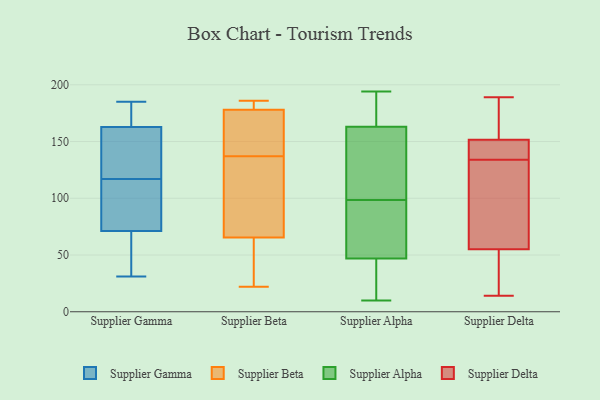
{"axis": {"x": "Page Views", "y": "Value"}, "legend": ["Supplier Alpha", "Supplier Beta", "Supplier Delta", "Supplier Gamma"], "data": [{"x": "", "y": 185, "type": "Supplier Gamma"}, {"x": "", "y": 68, "type": "Supplier Gamma"}, {"x": "", "y": 109, "type": "Supplier Gamma"}, {"x": "", "y": 38, "type": "Supplier Gamma"}, {"x": "", "y": 162, "type": "Supplier Gamma"}, {"x": "", "y": 167, "type": "Supplier Gamma"}, {"x": "", "y": 163, "type": "Supplier Gamma"}, {"x": "", "y": 117, "type": "Supplier Gamma"}, {"x": "", "y": 31, "type": "Supplier Gamma"}, {"x": "", "y": 130, "type": "Supplier Gamma"}, {"x": "", "y": 81, "type": "Supplier Gamma"}, {"x": "", "y": 22, "type": "Supplier Beta"}, {"x": "", "y": 186, "type": "Supplier Beta"}, {"x": "", "y": 61, "type": "Supplier Beta"}, {"x": "", "y": 81, "type": "Supplier Beta"}, {"x": "", "y": 186, "type": "Supplier Beta"}, {"x": "", "y": 79, "type": "Supplier Beta"}, {"x": "", "y": 148, "type": "Supplier Beta"}, {"x": "", "y": 137, "type": "Supplier Beta"}, {"x": "", "y": 172, "type": "Supplier Beta"}, {"x": "", "y": 180, "type": "Supplier Beta"}, {"x": "", "y": 33, "type": "Supplier Beta"}, {"x": "", "y": 81, "type": "Supplier Alpha"}, {"x": "", "y": 181, "type": "Supplier Alpha"}, {"x": "", "y": 158, "type": "Supplier Alpha"}, {"x": "", "y": 27, "type": "Supplier Alpha"}, {"x": "", "y": 187, "type": "Supplier Alpha"}, {"x": "", "y": 176, "type": "Supplier Alpha"}, {"x": "", "y": 10, "type": "Supplier Alpha"}, {"x": "", "y": 102, "type": "Supplier Alpha"}, {"x": "", "y": 38, "type": "Supplier Alpha"}, {"x": "", "y": 95, "type": "Supplier Alpha"}, {"x": "", "y": 90, "type": "Supplier Alpha"}, {"x": "", "y": 66, "type": "Supplier Alpha"}, {"x": "", "y": 56, "type": "Supplier Alpha"}, {"x": "", "y": 194, "type": "Supplier Alpha"}, {"x": "", "y": 168, "type": "Supplier Alpha"}, {"x": "", "y": 22, "type": "Supplier Alpha"}, {"x": "", "y": 118, "type": "Supplier Alpha"}, {"x": "", "y": 36, "type": "Supplier Alpha"}, {"x": "", "y": 128, "type": "Supplier Alpha"}, {"x": "", "y": 157, "type": "Supplier Alpha"}, {"x": "", "y": 34, "type": "Supplier Delta"}, {"x": "", "y": 137, "type": "Supplier Delta"}, {"x": "", "y": 14, "type": "Supplier Delta"}, {"x": "", "y": 21, "type": "Supplier Delta"}, {"x": "", "y": 189, "type": "Supplier Delta"}, {"x": "", "y": 173, "type": "Supplier Delta"}, {"x": "", "y": 153, "type": "Supplier Delta"}, {"x": "", "y": 118, "type": "Supplier Delta"}, {"x": "", "y": 151, "type": "Supplier Delta"}, {"x": "", "y": 62, "type": "Supplier Delta"}, {"x": "", "y": 111, "type": "Supplier Delta"}, {"x": "", "y": 134, "type": "Supplier Delta"}, {"x": "", "y": 143, "type": "Supplier Delta"}]}